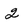
Character: 2